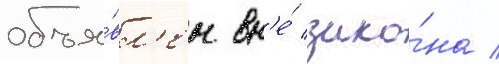
объя́вл'ен вн'е́ зако́на /